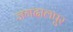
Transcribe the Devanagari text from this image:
जगदालपुर